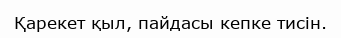
Қарекет қыл, пайдасы кепке тисін.